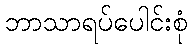
ဘာသာရပ်ပေါင်းစုံ